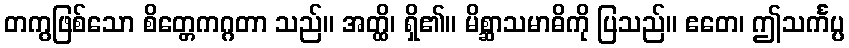
တကွဖြစ်သော စိတ္တေကဂ္ဂတာ သည်။ အတ္ထိ၊ ရှိ၏။ မိစ္ဆာသမာဓိကို ပြသည်။ ဧတေ၊ ဤသင်္ကပ္ပ